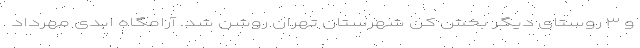
و ۳ روستای دیگر بخش کن شهرستان تهران روشن شد. آرامگاه ابدی مهرداد